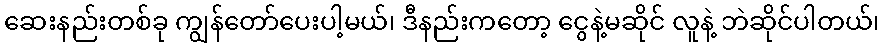
ဆေးနည်းတစ်ခု ကျွန်တော်ပေးပါ့မယ်၊ ဒီနည်းကတော့ ငွေနဲ့မဆိုင် လူနဲ့ ဘဲဆိုင်ပါတယ်၊